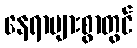
နေရာများစွာတွင်